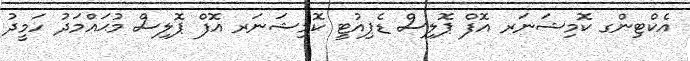
އެކްޓިންގ ކޮމިޝަނަރ އޮފް ޕޮލިސް ޑެޕިއުޓީ ކޮމިޝަނަރ އޮފް ޕޮލިސް މުޙައްމަދު ހަމީދު